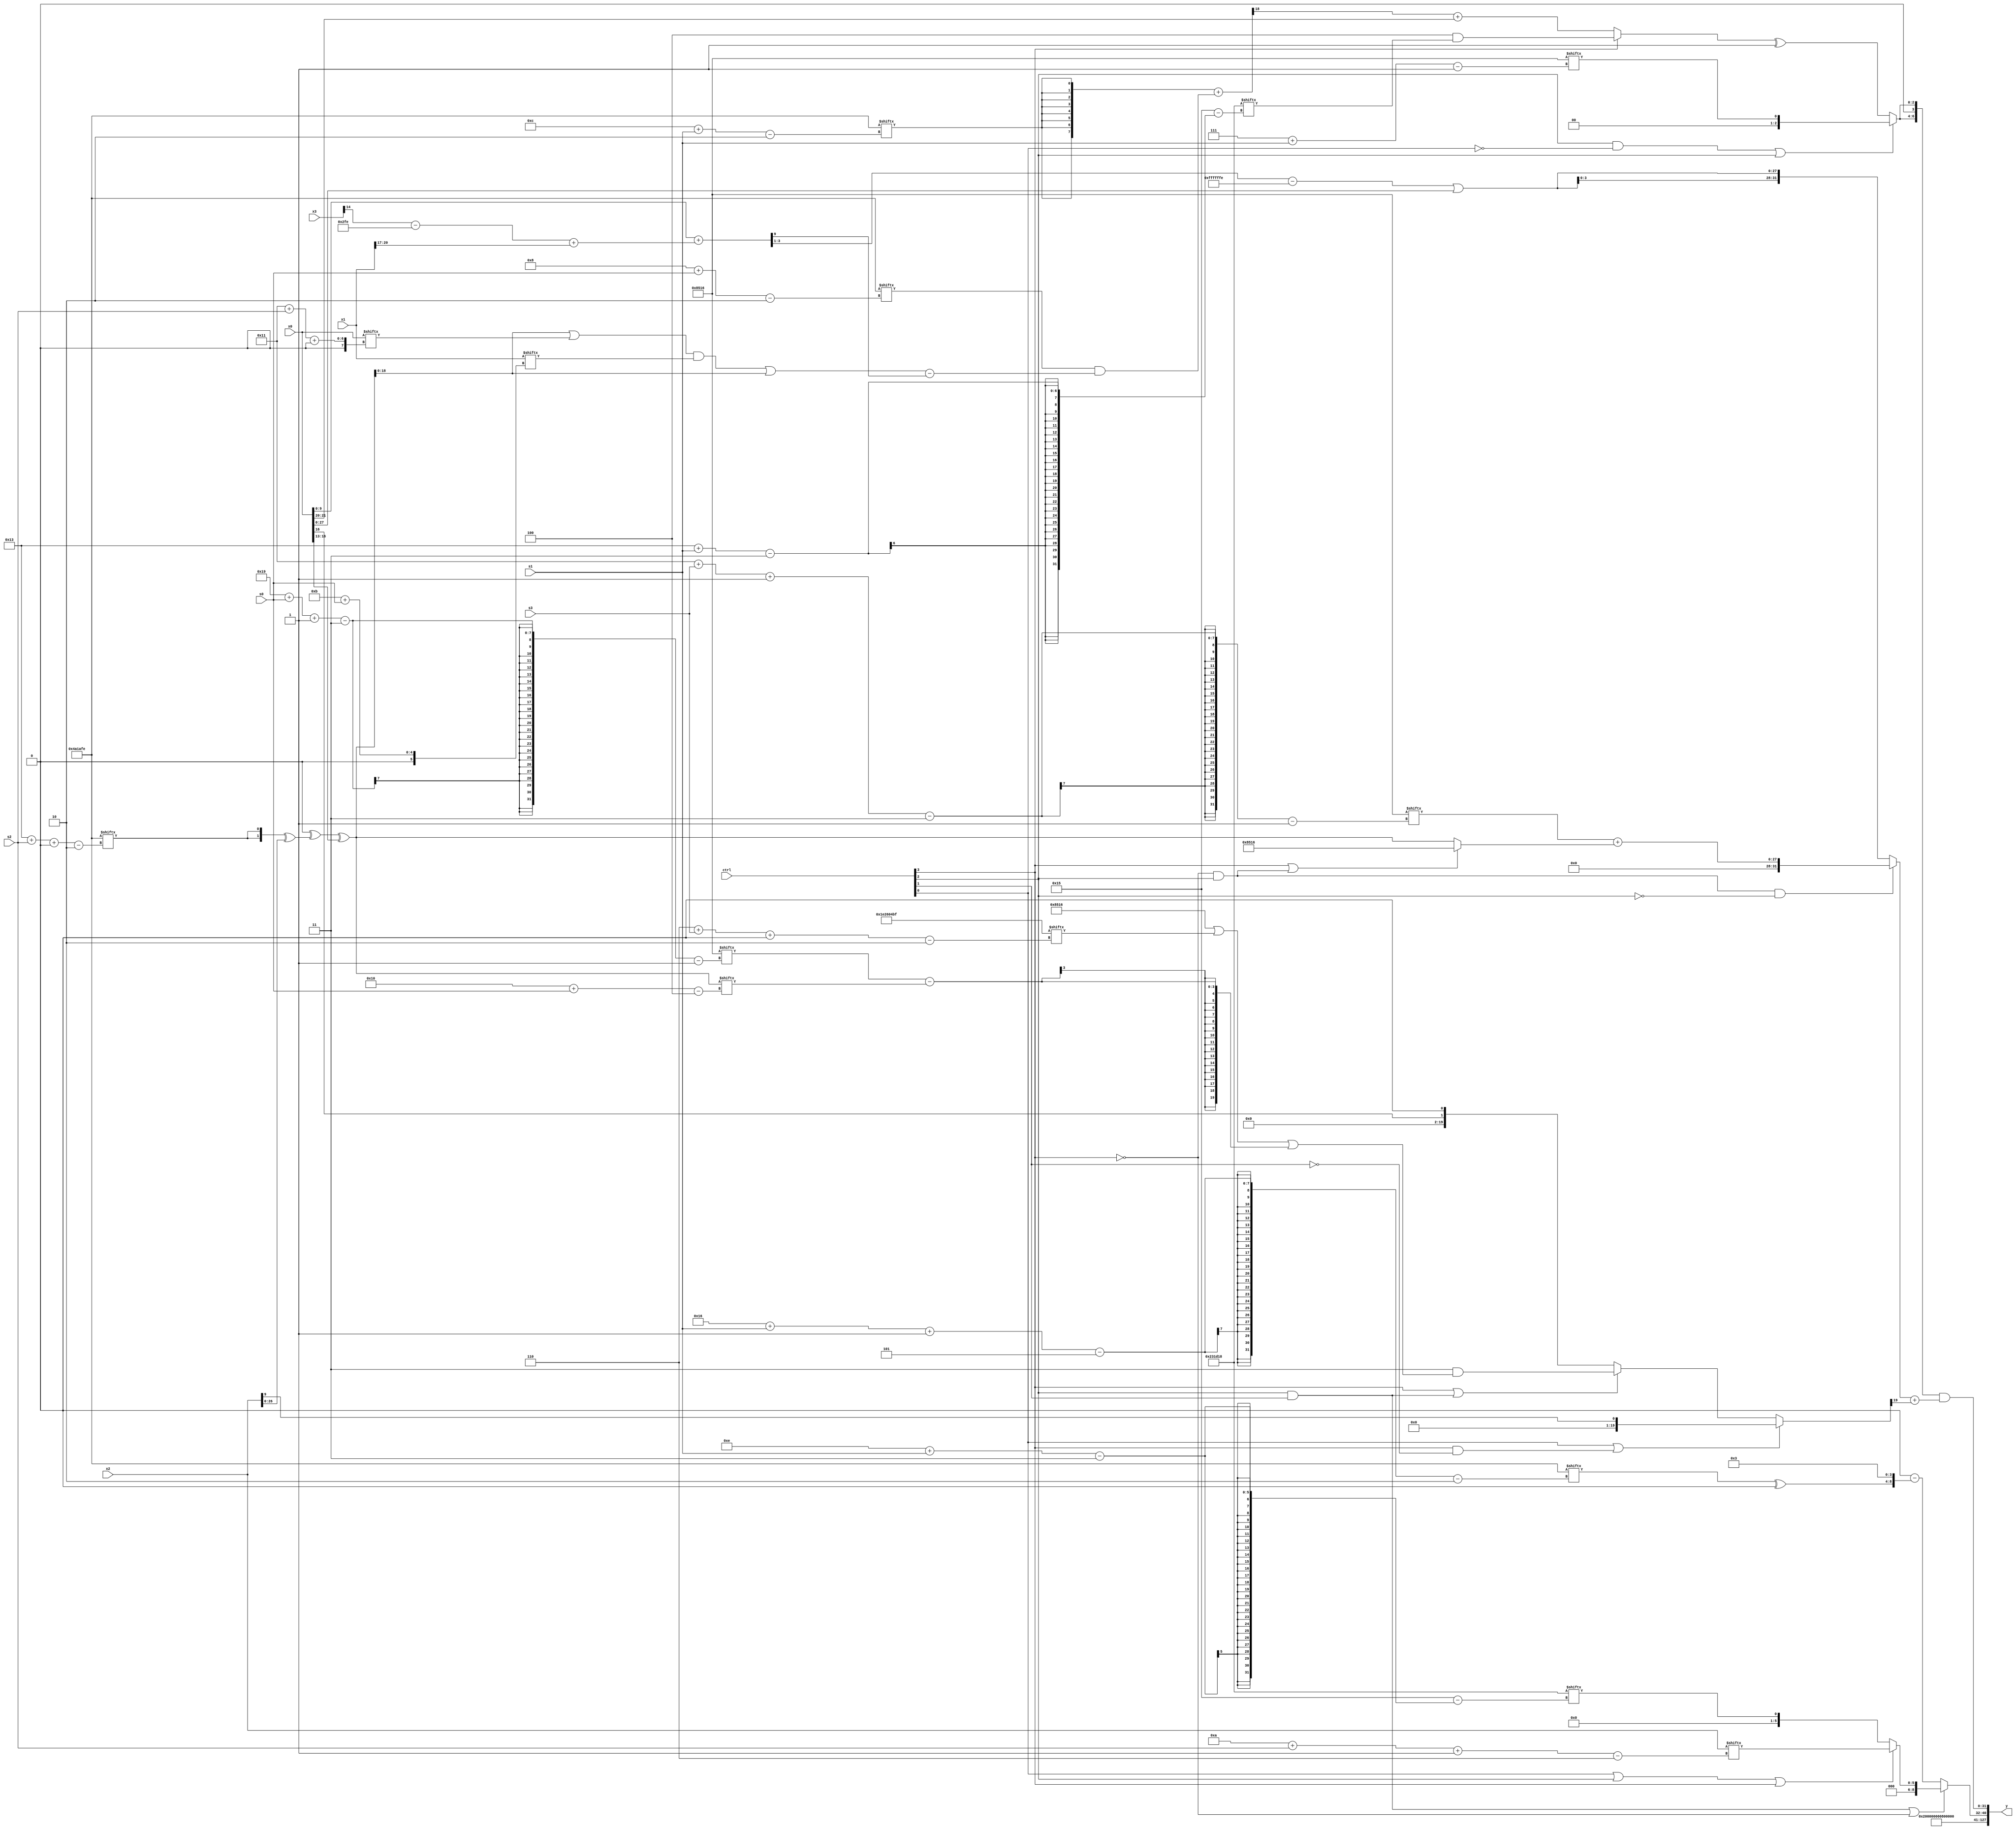
module partsel_00113(ctrl, s0, s1, s2, s3, x0, x1, x2, x3, y);
  input [3:0] ctrl;
  input [2:0] s0;
  input [2:0] s1;
  input [2:0] s2;
  input [2:0] s3;
  input signed [31:0] x0;
  input [31:0] x1;
  input [31:0] x2;
  input signed [31:0] x3;
  wire signed [28:1] x4;
  wire signed [1:24] x5;
  wire signed [4:27] x6;
  wire [30:4] x7;
  wire signed [31:7] x8;
  wire [7:28] x9;
  wire [4:27] x10;
  wire [4:24] x11;
  wire signed [24:7] x12;
  wire signed [0:29] x13;
  wire [25:2] x14;
  wire [25:3] x15;
  output [127:0] y;
  wire signed [31:0] y0;
  wire signed [31:0] y1;
  wire signed [31:0] y2;
  wire [31:0] y3;
  assign y = {y0,y1,y2,y3};
  localparam [24:2] p0 = 298457854;
  localparam [31:2] p1 = 505808063;
  localparam signed [3:24] p2 = 2301208;
  localparam signed [25:1] p3 = 436241686;
  assign x4 = x0;
  assign x5 = ({2{x4}} + ((x3[14] - p0) + x1[17 +: 4]));
  assign x6 = {2{x2[17 +: 2]}};
  assign x7 = ((p2[15 -: 1] ^ ({2{p0[19 + s2 +: 1]}} ^ x2)) ^ x0[13 +: 4]);
  assign x8 = p0[24 + s2 +: 7];
  assign x9 = ({2{{2{{2{p0[12 + s1]}}}}}} + (p0[8 + s0] & ((((x7 | x0[17 + s2 +: 3]) & x1[11 + s0]) | {2{x7}}) - x5[15])));
  assign x10 = (ctrl[0] || ctrl[3] && !ctrl[1] ? x2[9] : (ctrl[3] || ctrl[2] && ctrl[1] ? (p1[19 +: 2] & ((p3 | p1[6 + s3 +: 2]) | (p3[25 + s0 -: 3] - x7[16 + s0]))) : {x4[17], p1[14]}));
  assign x11 = x10[8 + s3 +: 7];
  assign x12 = ((((!ctrl[2] && ctrl[1] && !ctrl[2] ? {x8, (p3[23 + s3 -: 2] + p0[16 -: 4])} : {2{((x1[11 + s1] & x8[10]) ^ x3[23 -: 3])}}) + (p3[7 + s0 +: 1] + {p2[10 +: 1], p1[12 +: 1]})) + p3[12 +: 3]) + x0[16]);
  assign x13 = p2;
  assign x14 = (p2[17] | {2{p0[4 + s3 +: 4]}});
  assign x15 = p3[21 + s2 +: 7];
  assign y0 = p1[17 +: 3];
  assign y1 = p0[21];
  assign y2 = (ctrl[1] && ctrl[2] || !ctrl[3] ? (ctrl[0] || ctrl[2] || ctrl[3] ? x2[10 + s2 -: 6] : p2[14 + s1]) : {{2{x14[19 -: 2]}}, (({2{p1[9]}} & p3[8 +: 1]) - {(p0[22 + s1 -: 5] ^ p2[17]), p2[10 +: 4]})});
  assign y3 = ({2{(ctrl[2] && !ctrl[0] || ctrl[2] ? p3[7 + s1] : ((ctrl[3] || ctrl[0] && !ctrl[0] ? (p0[20 -: 4] & p2[19 + s1]) : (x9[10 +: 1] + x0[21 -: 2])) ^ (p0[19] ^ p1[15 -: 3])))}} & ((!ctrl[3] && ctrl[2] && !ctrl[2] ? (p3[17 + s3 -: 3] + (ctrl[3] || ctrl[2] && !ctrl[3] ? p3 : x7)) : {2{((x5[23 -: 3] - (p0[15 -: 1] - p0[21 -: 2])) | x4)}}) + x10[8]));
endmodule